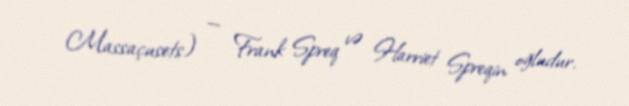
Massaçusets) — Frank Spreq və Harriet Spreqin oğludur.